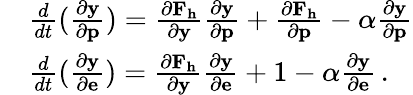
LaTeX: \begin{array}{rl}&{\frac{d}{dt}(\frac{\partial\mathbf{y}}{\partial\mathbf{p}})=\frac{\partial\mathbf{F}_{\mathbf{h}}}{\partial\mathbf{y}}\frac{\partial\mathbf{y}}{\partial\mathbf{p}}+\frac{\partial\mathbf{F}_{\mathbf{h}}}{\partial\mathbf{p}}-\alpha\frac{\partial\mathbf{y}}{\partial\mathbf{p}}}\\ &{\frac{d}{dt}(\frac{\partial\mathbf{y}}{\partial\mathbf{e}})=\frac{\partial\mathbf{F}_{\mathbf{h}}}{\partial\mathbf{y}}\frac{\partial\mathbf{y}}{\partial\mathbf{e}}+1-\alpha\frac{\partial\mathbf{y}}{\partial\mathbf{e}}\, .}\end{array}